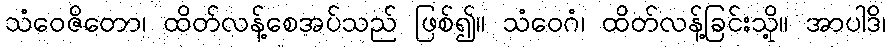
သံဝေဇိတော၊ ထိတ်လန့်စေအပ်သည် ဖြစ်၍။ သံဝေဂံ၊ ထိတ်လန့်ခြင်းသို့။ အာပါဒိ၊